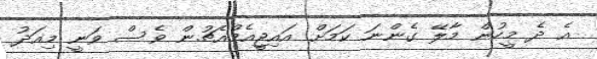
އެ ދެ މީހުން މާލޭ ގެންނަ ކަމަށް އައިޖީއެމްއެޗުން ވެސް ވަނީ މިއަދު